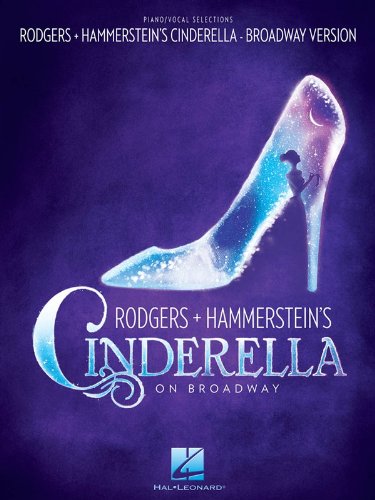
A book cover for Rodgers & Hammerstein's Cinderella on Broadway; Humor & Entertainment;